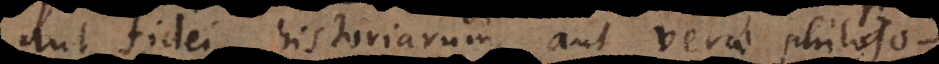
aut fidei historiarum, aut verae philosoph